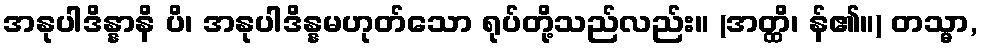
အနုပါဒိန္နာနိ ပိ၊ အနုပါဒိန္နမဟုတ်သော ရုပ်တို့သည်လည်း။ (အတ္ထိ၊ န်၏။) တသ္မာ,